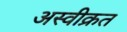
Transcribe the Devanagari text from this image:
अस्वीक्रत